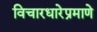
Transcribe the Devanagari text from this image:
विचारधारेप्रमाणे